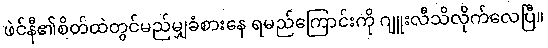
ဖဲင်နီ၏စိတ်ထဲတွင်မည်မျှခံစားနေ ရမည်ကြောင်းကို ဂျူးလီသိလိုက်လေပြီ။